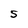
Character: 5